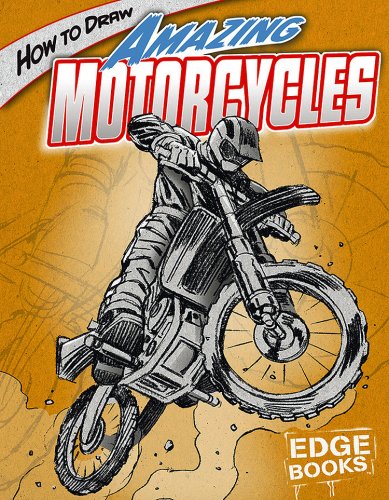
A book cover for How to Draw Amazing Motorcycles (Drawing Cool Stuff); Aaron Sautter; Children's Books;